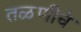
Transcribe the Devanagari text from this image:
तळणीचे